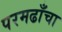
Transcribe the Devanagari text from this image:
परमढाँचा